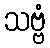
သဗ္ဗံ